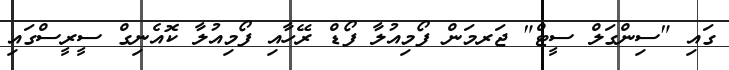
ގައި "ސިންގަލް ސީޓް" ޖަރމަން ފޯމިއުލާ ފޯޑް ރޭހާއި ފޯމިއުލާ ކޮއެނިގް ސީރީސްގައި